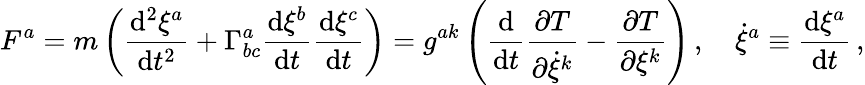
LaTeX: F^{a}=m\left({\frac{\mathrm{d}^{2}\xi^{a}}{\mathrm{d}t^{2}}}+\Gamma^{a}_{bc}{\frac{\mathrm{d}\xi^{b}}{\mathrm{d}t}}{\frac{\mathrm{d}\xi^{c}}{\mathrm{d}t}}\right)=g^{ak}\left({\frac{\mathrm{d}}{\mathrm{d}t}}{\frac{\partial T}{\partial{\dot{\xi}}^{k}}}-{\frac{\partial T}{\partial\xi^{k}}}\right)\, ,\quad{\dot{\xi}}^{a}\equiv{\frac{\mathrm{d}\xi^{a}}{\mathrm{d}t}}\, ,